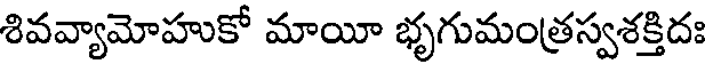
శివవ్యామోహుకో మాయీ భృగుమంత్రస్వశక్తిదః